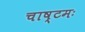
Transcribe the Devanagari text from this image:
चाष्टमः